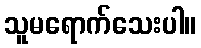
သူမရောက်သေးပါ။